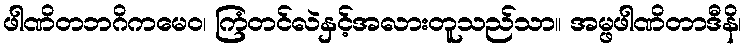
ဖါဏိတဘဂိကမေဝ၊ ကြံတင်လဲနှင့်အလားတူသည်သာ။ အမ္ဖဖါဏိတာဒီနိ၊